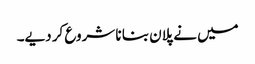
میں نے پلان بنا نا شروع کر دیے۔